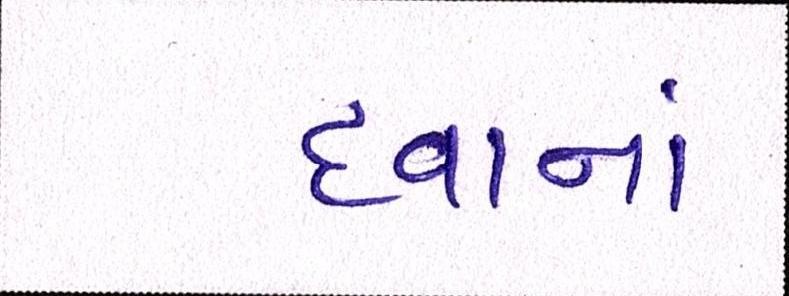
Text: દવાનાં